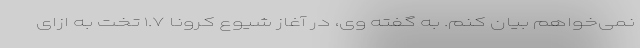
نمی‌خواهم بیان کنم. به گفته وی، در آغاز شیوع کرونا ۱.۷ تخت به ازای